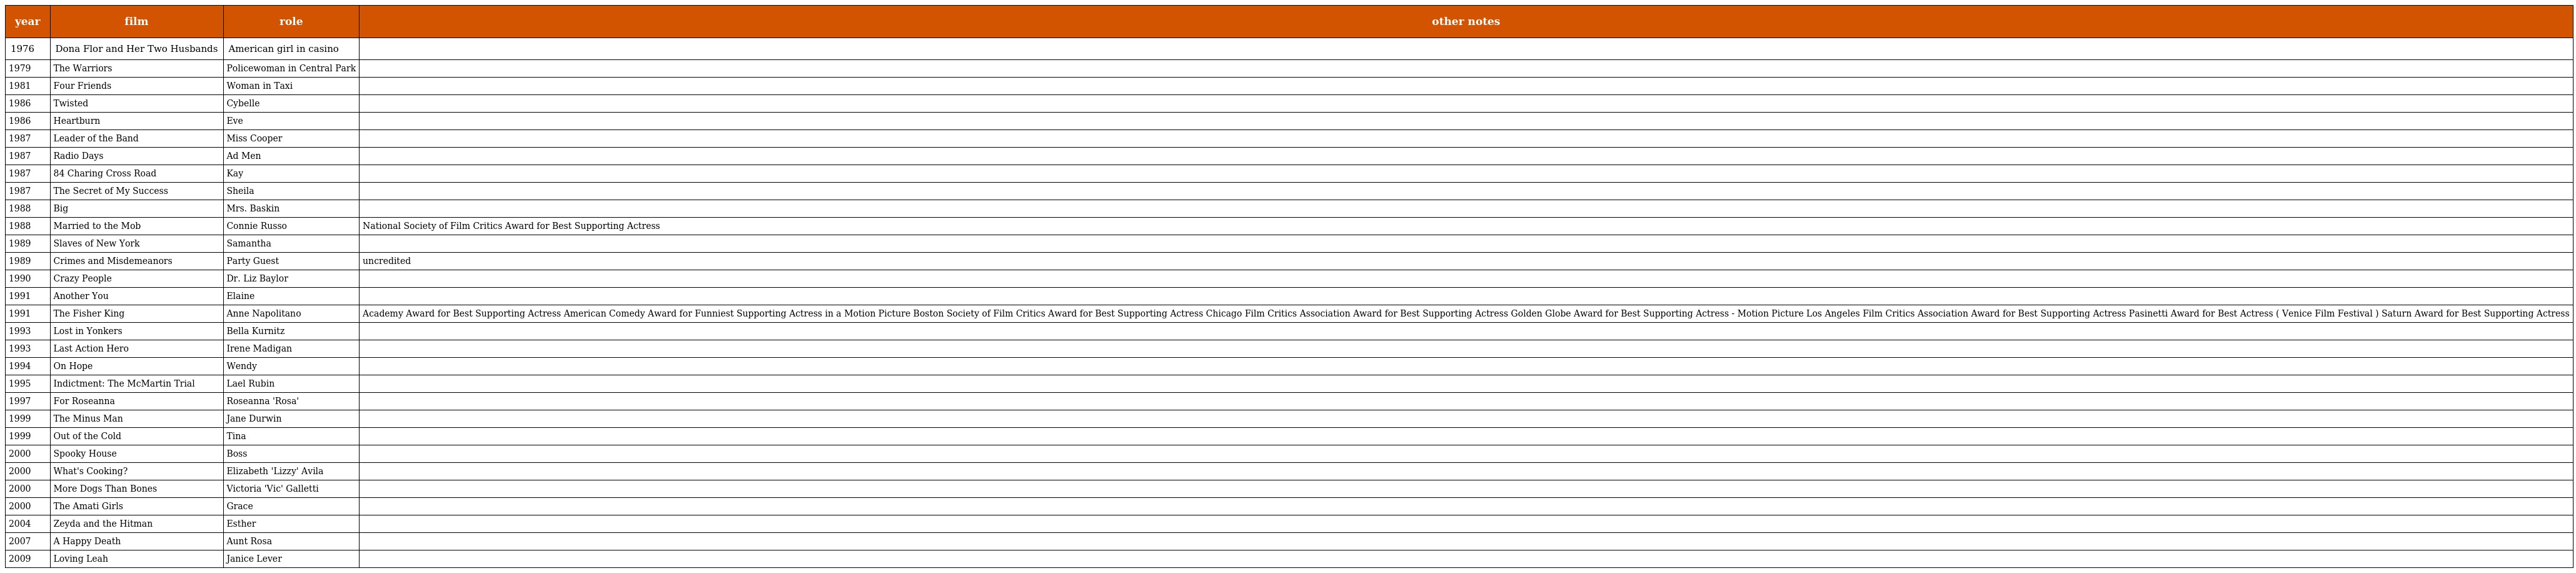
| year | film | role | other notes |
 | --- | --- | --- | --- |
 | 1976 | Dona Flor and Her Two Husbands | American girl in casino |  |
 | 1979 | The Warriors | Policewoman in Central Park |  |
 | 1981 | Four Friends | Woman in Taxi |  |
 | 1986 | Twisted | Cybelle |  |
 | 1986 | Heartburn | Eve |  |
 | 1987 | Leader of the Band | Miss Cooper |  |
 | 1987 | Radio Days | Ad Men |  |
 | 1987 | 84 Charing Cross Road | Kay |  |
 | 1987 | The Secret of My Success | Sheila |  |
 | 1988 | Big | Mrs. Baskin |  |
 | 1988 | Married to the Mob | Connie Russo | National Society of Film Critics Award for Best Supporting Actress |
 | 1989 | Slaves of New York | Samantha |  |
 | 1989 | Crimes and Misdemeanors | Party Guest | uncredited |
 | 1990 | Crazy People | Dr. Liz Baylor |  |
 | 1991 | Another You | Elaine |  |
 | 1991 | The Fisher King | Anne Napolitano | Academy Award for Best Supporting Actress American Comedy Award for Funniest Supporting Actress in a Motion Picture Boston Society of Film Critics Award for Best Supporting Actress Chicago Film Critics Association Award for Best Supporting Actress Golden Globe Award for Best Supporting Actress - Motion Picture Los Angeles Film Critics Association Award for Best Supporting Actress Pasinetti Award for Best Actress ( Venice Film Festival ) Saturn Award for Best Supporting Actress |
 | 1993 | Lost in Yonkers | Bella Kurnitz |  |
 | 1993 | Last Action Hero | Irene Madigan |  |
 | 1994 | On Hope | Wendy |  |
 | 1995 | Indictment: The McMartin Trial | Lael Rubin |  |
 | 1997 | For Roseanna | Roseanna 'Rosa' |  |
 | 1999 | The Minus Man | Jane Durwin |  |
 | 1999 | Out of the Cold | Tina |  |
 | 2000 | Spooky House | Boss |  |
 | 2000 | What's Cooking? | Elizabeth 'Lizzy' Avila |  |
 | 2000 | More Dogs Than Bones | Victoria 'Vic' Galletti |  |
 | 2000 | The Amati Girls | Grace |  |
 | 2004 | Zeyda and the Hitman | Esther |  |
 | 2007 | A Happy Death | Aunt Rosa |  |
 | 2009 | Loving Leah | Janice Lever |  |